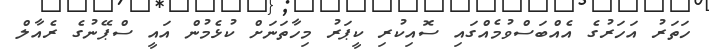
ހަތަރު އަހަރުގެ އެއްބަސްވުމެއްގައި ސޮއިކުރި ކީޕަރު މިހާތަނަށް ކުޅެމުން އައީ ސްޕޭނުގެ ރެއާލް